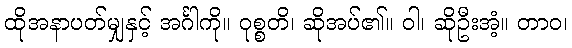
ထိုအနာပတ်မျှနှင့် အင်္ဂါကို။ ဝုစ္စတိ၊ ဆိုအပ်၏။ ဝါ၊ ဆိုဦးအံ့။ တာဝ၊